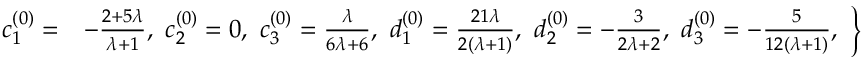
\left. \begin{array} { l l } { c _ { 1 } ^ { ( 0 ) } = } & { - \frac { 2 + 5 \lambda } { \lambda + 1 } , ~ c _ { 2 } ^ { ( 0 ) } = 0 , ~ c _ { 3 } ^ { ( 0 ) } = \frac { \lambda } { 6 \lambda + 6 } , ~ d _ { 1 } ^ { ( 0 ) } = \frac { 2 1 \lambda } { 2 ( \lambda + 1 ) } , ~ d _ { 2 } ^ { ( 0 ) } = - \frac { 3 } { 2 \lambda + 2 } , ~ d _ { 3 } ^ { ( 0 ) } = - \frac { 5 } { 1 2 ( \lambda + 1 ) } , } \end{array} \right\}